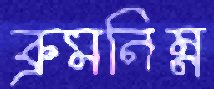
ক্রমনিম্ন